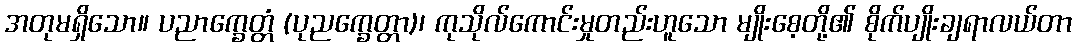
အတုမရှိသော။ ပညာက္ခေတ္တံ (ပုညက္ခေတ္တာ)၊ ကုသိုလ်ကောင်းမှုတည်းဟူသော မျိုးစေ့တို့၏ စိုက်ပျိုးချရာလယ်တာ